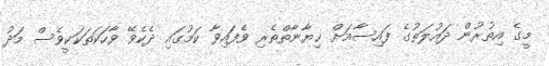
މީގެ އިތުރުން ދައުލަތުގެ ފައިސާއަށް ޚިޔާނާތްތެރި ވެފައިވާ ކަމުގައި ދެކެވޭ ވާހަކަތަކަކީވެސް މަދު